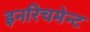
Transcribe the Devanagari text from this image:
इनरिचमेन्ट